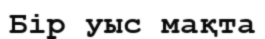
Бір уыс мақта